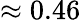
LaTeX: \approx 0.46